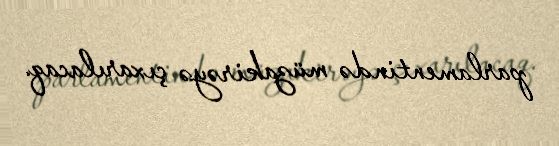
parlamentində müzakirəyə çıxarılacaq.